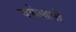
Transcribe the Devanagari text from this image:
चमेआलो